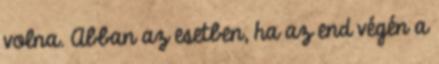
volna. Abban az esetben, ha az end végén a